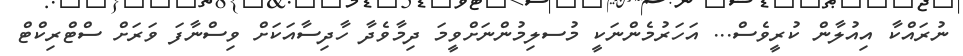
ނުރައްކާ އިއުލާން ކުރީވެސް... އަހަރުމެންނަކީ މުސލިމުންނަށްވީމަ ދިމާވެދާ ހާދިސާއަކަށް ވިސްނާފަ ވަރަށް ސްޓްރިކްޓް